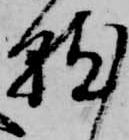
就